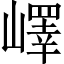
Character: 嶧